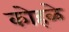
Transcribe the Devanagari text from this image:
कोहळे